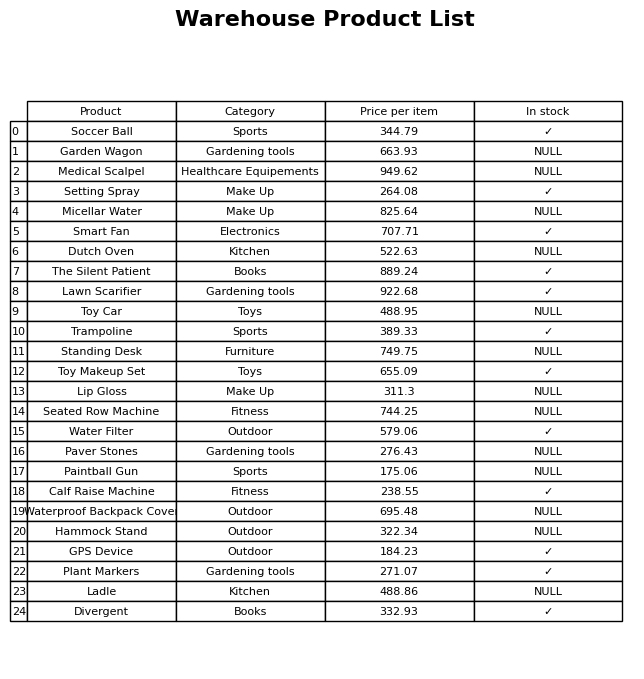
question: What is the price for Divergent?
answer: The price of Divergent is 332.93.